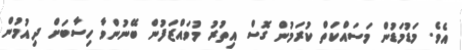
އެވެ. މަޑުމަޑުން މަސައްކަތް ކުރަމުން ގޮސް އިތުރު މުވައްޒަފުން ބޭނުންވާ ހިސާބަށް ދިއުމުން